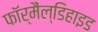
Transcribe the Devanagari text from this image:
फॉर्मैंल्डिहाइड